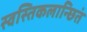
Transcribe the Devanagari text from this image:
स्वस्तिकलान्छितं